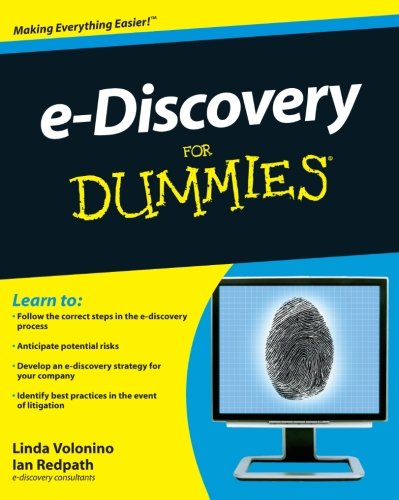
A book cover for e-Discovery For Dummies; Linda Volonino; Law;